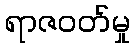
ရာဇဝတ်မှု